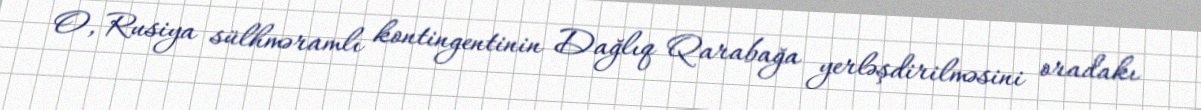
O, Rusiya sülhməramlı kontingentinin Dağlıq Qarabağa yerləşdirilməsini oradakı